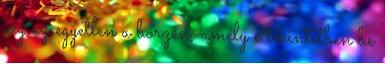
cég az egyetlen a börzén, amely e tekintetben be